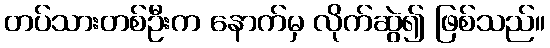
တပ်သားတစ်ဦးက နောက်မှ လိုက်ဆွဲ၍ ဖြစ်သည်။